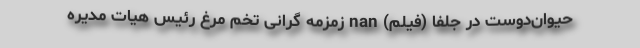
حیوان‌دوست در جلفا (فیلم) nan زمزمه گرانی تخم مرغ رئیس هیات مدیره